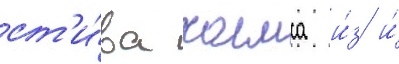
ст'и́ва холмса и́з и́